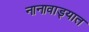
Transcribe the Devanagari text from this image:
नानावाड्यात